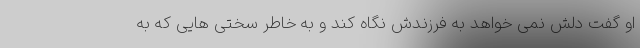
او گفت دلش نمی خواهد به فرزندش نگاه کند و به خاطر سختی هایی که به